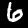
Digit: 6